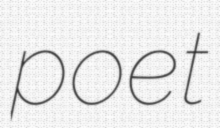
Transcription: poet